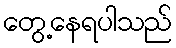
တွေ့နေရပါသည်